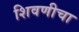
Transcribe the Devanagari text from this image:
शिवणीचा